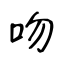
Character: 吻